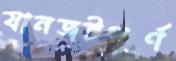
যানজটপূর্ণ